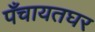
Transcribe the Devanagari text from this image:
पँचायतघर